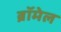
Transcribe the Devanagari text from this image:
ब्रॉमेल